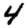
Digit: 4